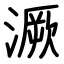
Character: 㵐